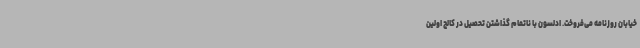
خیابان روزنامه می‌فروخت. ادلسون با ناتمام گذاشتن تحصیل در کالج اولین